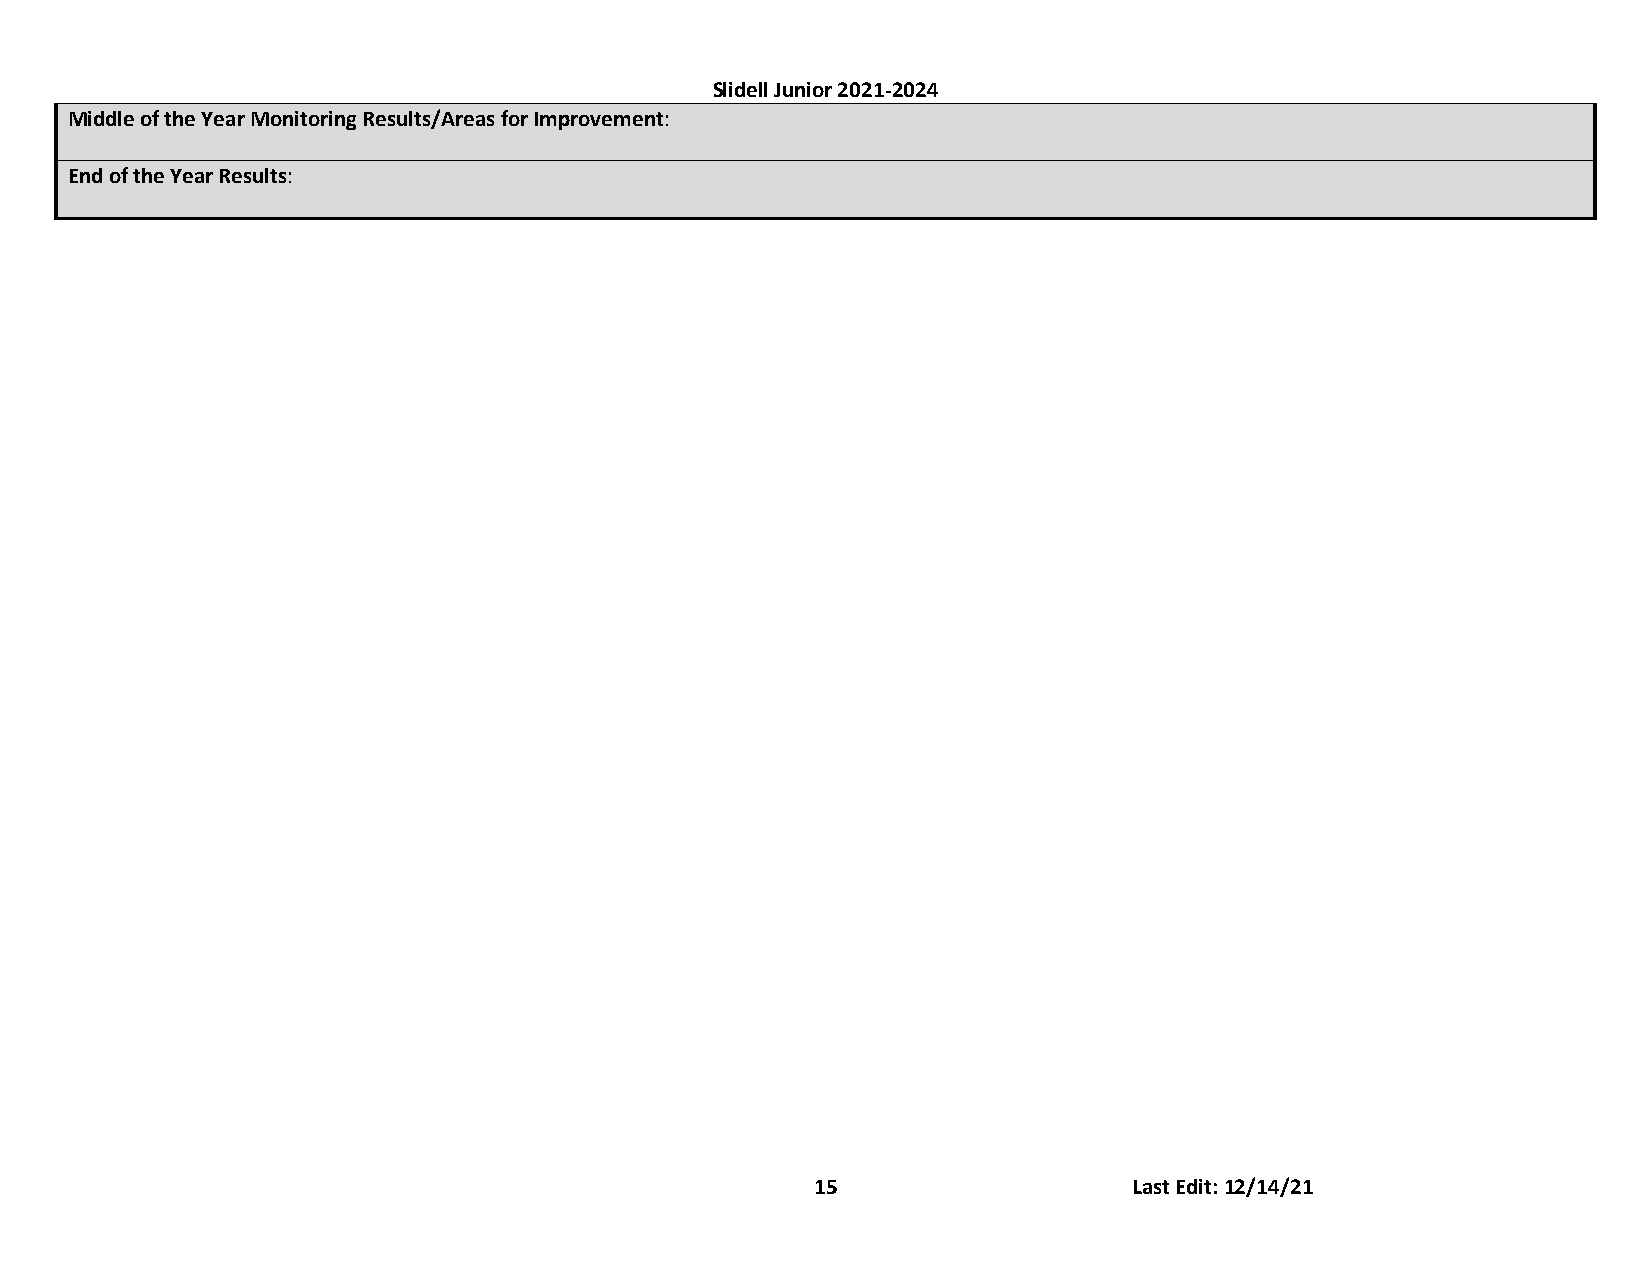
Slidell Junior 2021-2024
 Middle of the Year Monitoring Results/Areas for Improvement:
 End of the Year Results:
 15                   Last Edit: 12/14/21